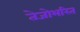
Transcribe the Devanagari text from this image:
तेजोभरित